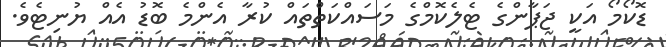
ޑޮކޯމޯ އަކީ ޖަޕާާންގެ ޓެލެކޮމްގެ މަސައްކަތްތައް ކުރާ އެންމެ ބޮޑު އެއް ޔުނިޓެވެ.